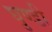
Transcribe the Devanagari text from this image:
घुण्डी